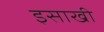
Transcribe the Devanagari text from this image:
इसाखी